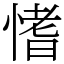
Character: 愭